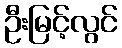
ဦးမြင့်လွင်